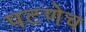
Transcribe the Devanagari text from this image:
पटणेच